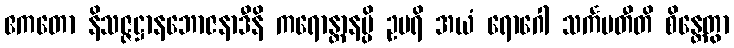
ဧကတော နိသဇ္ဇဋ္ဌာနဘောဇနာဒီနိ ကရောန္တာနမ္ပိ ဥပရိ အယံ ရောဂေါ သင်္ကမတီတိ စိန္တေတွာ